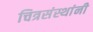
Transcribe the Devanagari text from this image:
चित्रसंस्थांनी